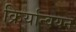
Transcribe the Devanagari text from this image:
क्रिर्यान्वयन